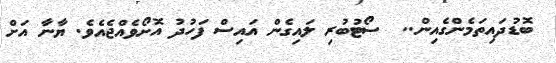
ބޮޑުދައިތަމެންގެއިން..  ސޯޓުބުރި ލައިގެން އައިސް ފަހުދު އޮށޯވެއްޖެއެވެ. ޔާނާ އަށް